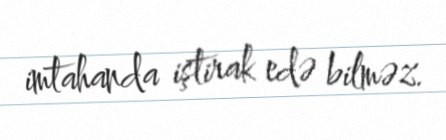
imtahanda iştirak edə bilməz.